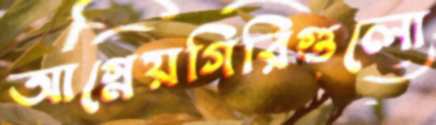
আগ্নেয়গিরিগুলো